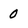
Character: 0